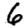
Digit: 6